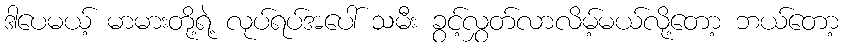
ဒါပေမယ့် မာမားတို့ရဲ့ လုပ်ရပ်အပေါ် သမီး ခွင့်လွှတ်လာလိမ့်မယ်လို့တော့ ဘယ်တော့